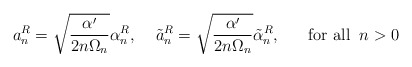
\begin{align*}a^R_n=\sqrt{\frac{\alpha'}{2n\Omega_n}}\alpha^R_n,\;\;\;\;\tilde{a}^R_n=\sqrt{\frac{\alpha'}{2n\Omega_n}}\tilde{\alpha}^R_n,\;\;\;\;\;\;\mbox{for all}\;\;n>0\end{align*}